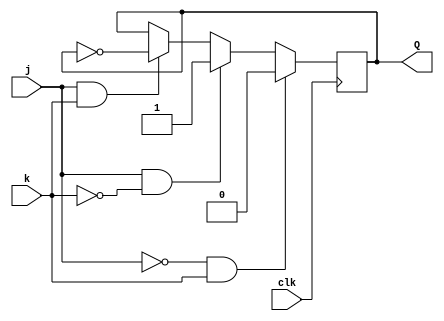
module top_module (
    input clk,
    input j,
    input k,
    output reg Q); 

    always @(posedge clk) begin
        if(~j&k)
            Q <= 0;
        else if(j&~k)
            Q <= 1;
        else if(j&k)
            Q <= ~Q;
    end
        
endmodule